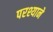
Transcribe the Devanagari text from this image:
परश्याने